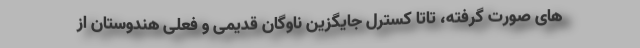
های صورت گرفته، تاتا کسترل جایگزین ناوگان قدیمی و فعلی هندوستان از